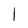
Character: l